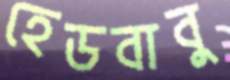
হেডবাবু